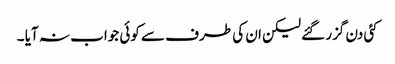
کئی دن گزر گئے لیکن ان کی طرف سے کوئی جواب نہ آیا ۔